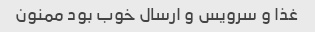
غذا و سرویس و ارسال خوب بود ممنون